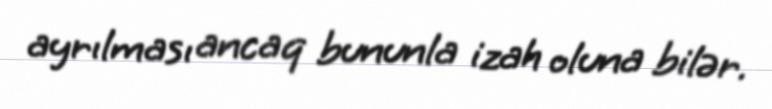
ayrılması ancaq bununla izah oluna bilər.